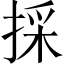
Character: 採